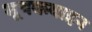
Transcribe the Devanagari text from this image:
मूषकवाहन